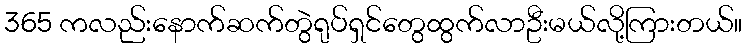
365 ကလည်းနောက်ဆက်တွဲရုပ်ရှင်တွေထွက်လာဦးမယ်လို့ကြားတယ်။